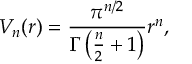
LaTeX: V _ { n } ( r ) = { \frac { \pi ^ { n / 2 } } { \Gamma \left( { \frac { n } { 2 } } + 1 \right) } } r ^ { n } ,